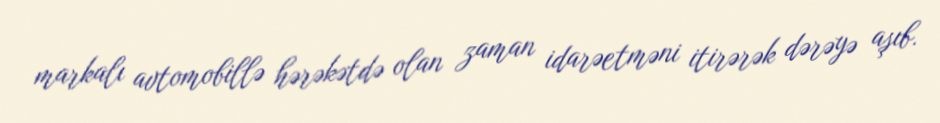
markalı avtomobillə hərəkətdə olan zaman idarəetməni itirərək dərəyə aşıb.